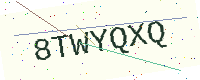
Text: 8TWYQXQ